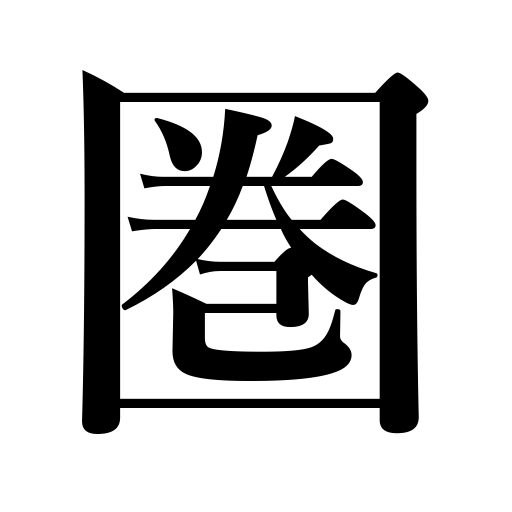
Meanings: circle,sphere,radius,range